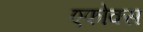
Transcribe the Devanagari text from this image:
एफोक्स